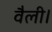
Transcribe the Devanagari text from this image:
वैली।